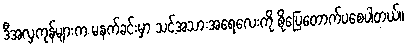
ဒီအလှကုန်များက မနက်ခင်းမှာ သင့်အသားအရေလေးကို စိုပြေတောက်ပစေပါတယ်။